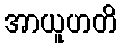
အာယူဟတိ